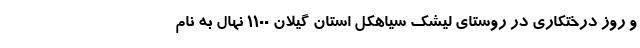
و روز درختکاری در روستای لیشک سیاهکل استان گیلان 1100 نهال به نام